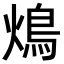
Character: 䲴